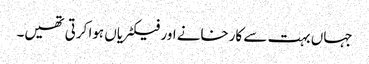
جہاں بہت سے کارخانے اور فیکٹریاں ہوا کرتی تھیں۔